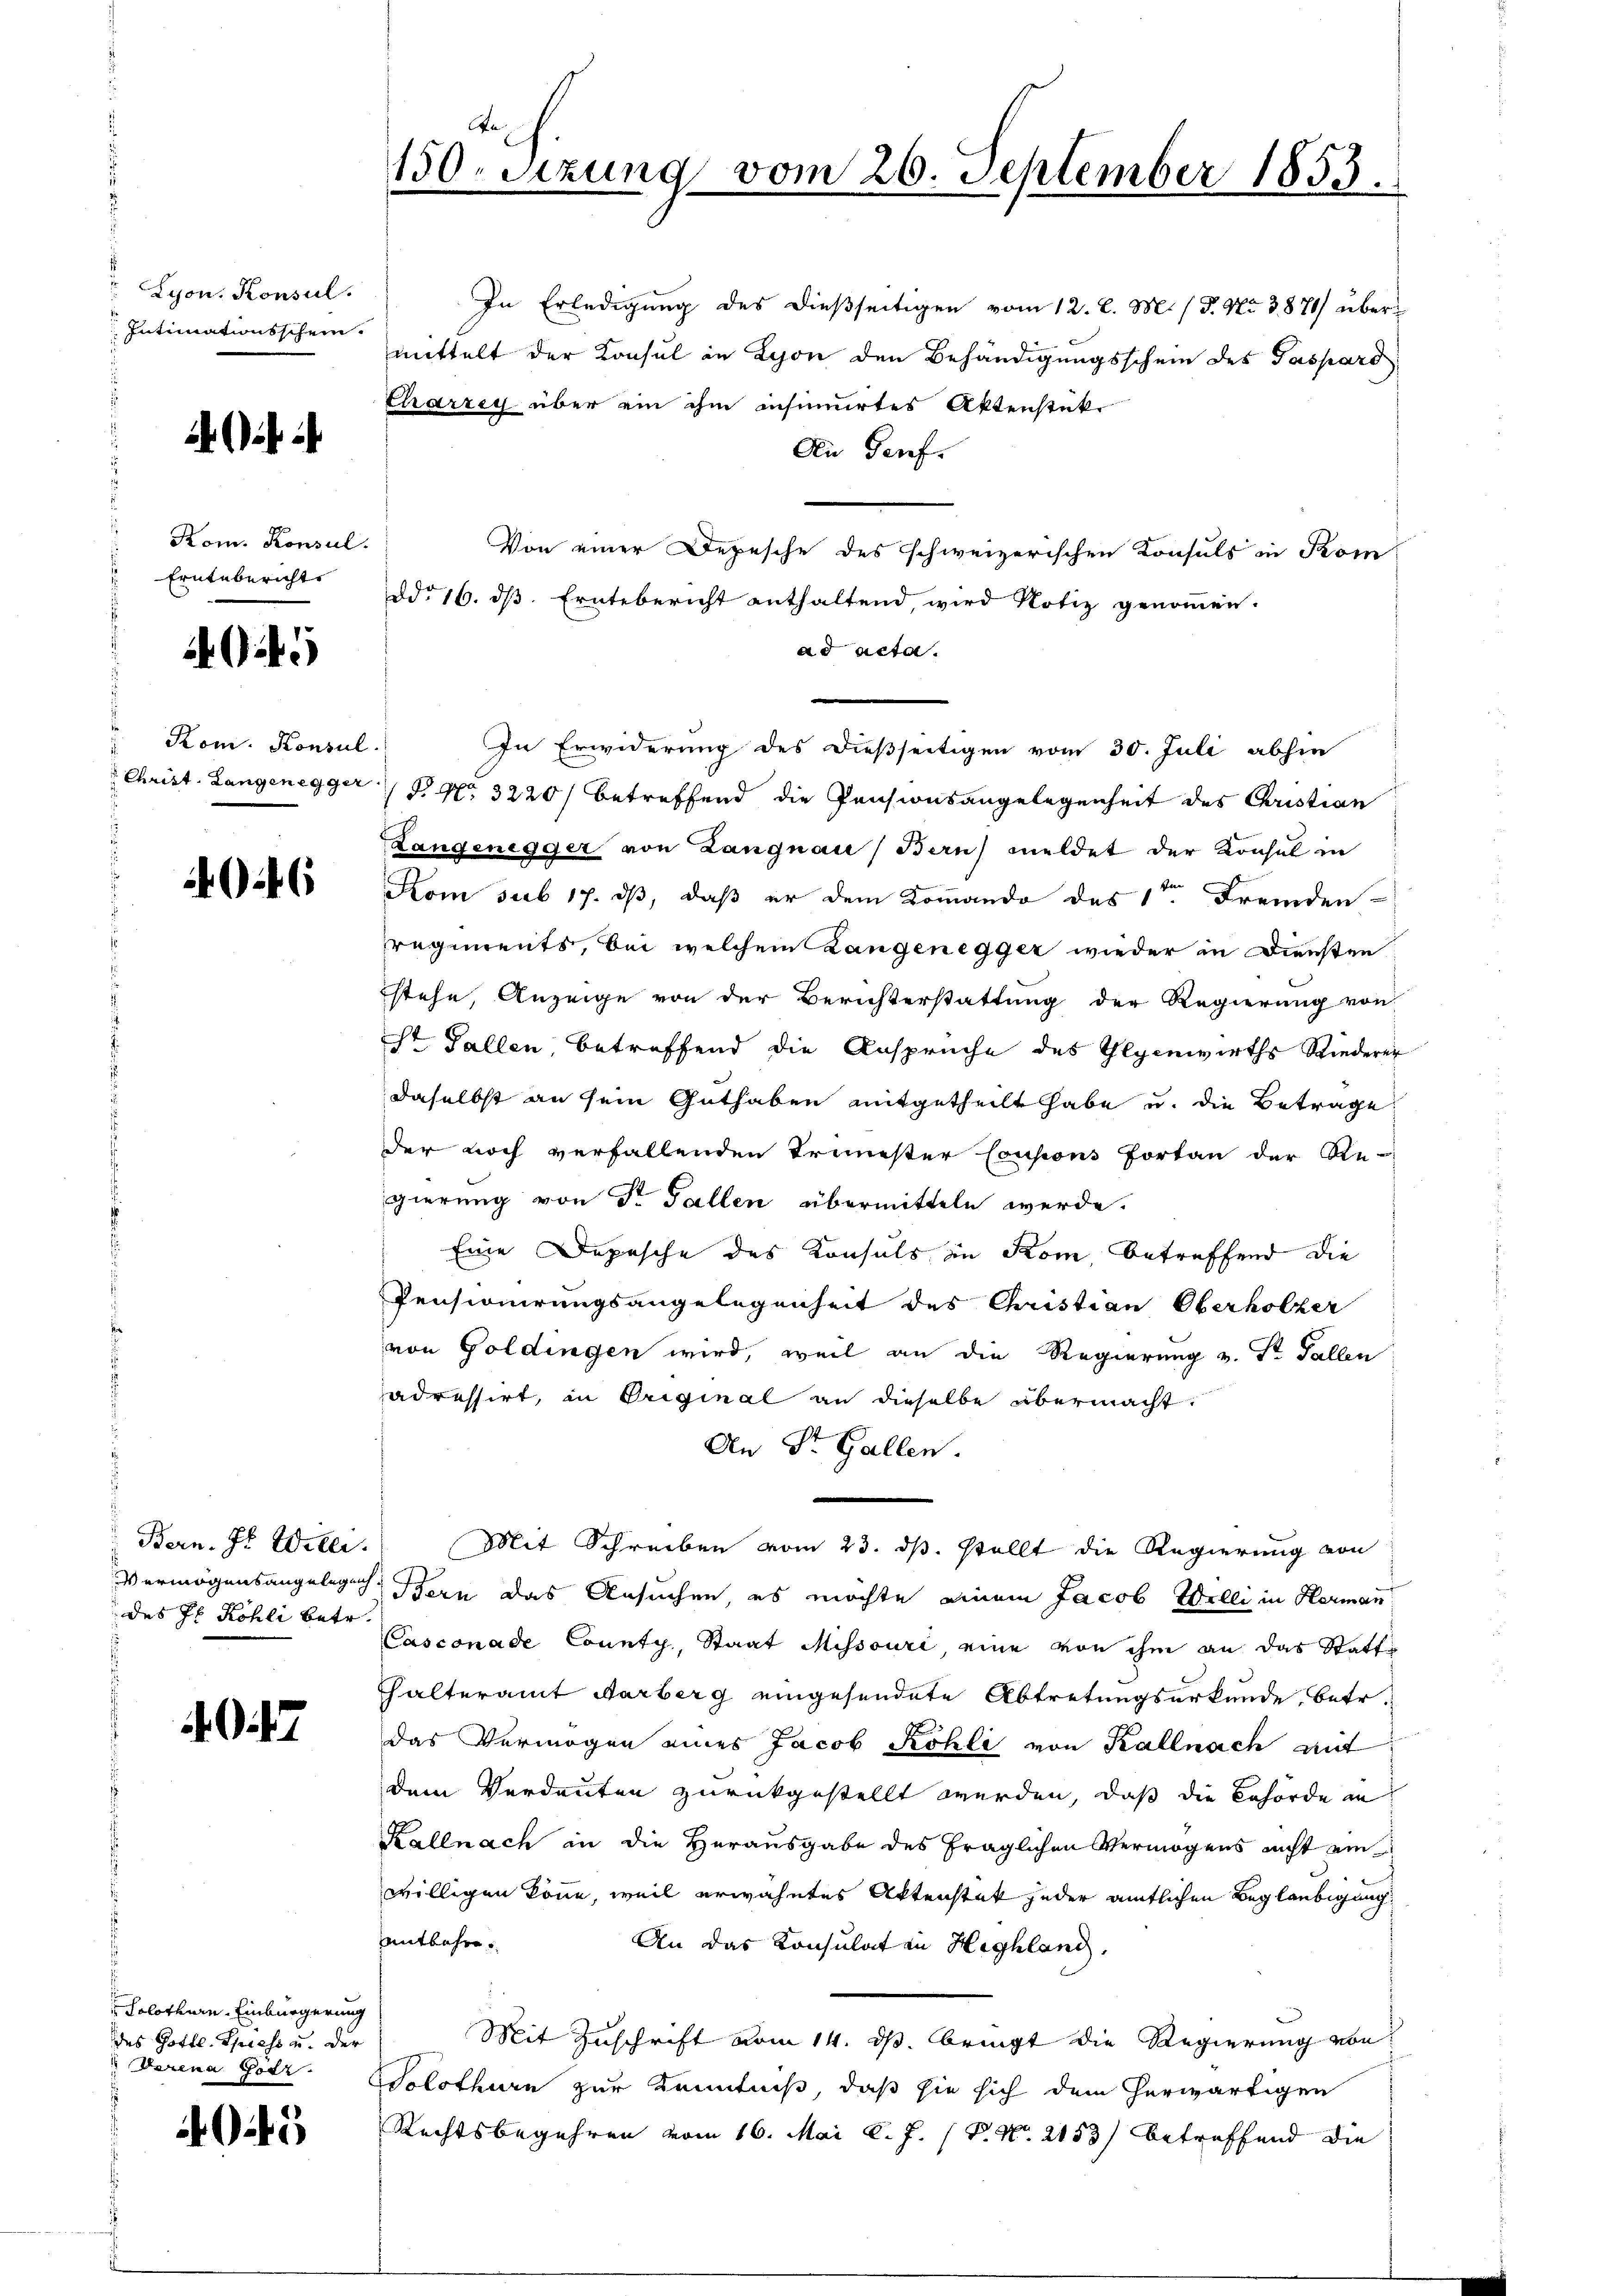
Lyon. Konsul
Intimationsschein.

Kom. Konsul
Erntebericht

45

Rom. Konsul

f

des Hs. Kohli betr.

.

Solothurn, Einbürgerung
des Gottl. Spiess u. Der
Derena Gotz

5

150. Setzung vom 26. September 1853.

In Erledigung des dießseitigen vom 12. d. M. / P. Nr. 3871) über-
mittelt der Konsul in Lyon den Behändigungsschein des Gaspard
Charzeg über ein ihm insimirtes Aktenstück
An Genf.
Von einer Depesche des schweizerischen Konsuls in Kom
Ddo 16. ds. Erntebericht enthaltend, wird Notiz genommen.
ad acta.
In Erwiderung des dießseitigen vom 30. Juli abhin
Christ. Langenegger P. Nr. 3220) betreffend die Pensionsangelegenheit des Christian
Langenegger von Langnau, Bern) meldet der Konsul in
Kom sub 17. ds, daß er dem Kommando des 1ten Fremden-
regiments, bei welchem Langenegger wieder in Diensten
stehe, Anzeige von der Berichterstattung der Regierung von
Sr Fallen, betreffend die Ansprüche des Gegenwirths Riederer
daselbst an sein Guthaben mitgetheilt habe u. die Betrage
der noch verfallenden Treuester Coupons Fortan der Re-
gierung von Dr. Fallen übermitteln werde.
Eine Depesche des Konsuls in Rom, betreffend die
Pensionirungsangelegenheit des Christian Oberholzer
von Goldingen wird, weil an die Regierung v. Str. Fallen
adressirt, in Original an dieselbe übermacht.
An St. Gallen.
Bern. J. Willi. Mit Schreiben vom 23. ds. stellt die Regierung von
Vermögensangelach, Bern das Ansuchen, es möchte einem Jacob Welli in Hermann
Casconade County, Staat Missouri, eine von ihm an das Statte
halteramt Aarberg eingesendete Abtretungsurkunde, betr.
das Vermögen eines Jacob Köhli von Kallnach mit
dem Verdauten zurückgestellt werden, daß die Behörde an
Kallnach in die Herausgabe des fraglichen Vermögens nicht ein
willigen könne, weil erwähntes Aktenstat jeder amtlichen Beglaubigung
entbehre.
An das Konsulat in Highland.
Mit Zuschrift vom 14. ds. bringt die Regierung von
Solothurn zur Kenntniß, daß sie sich dem herwärtigen
Rechtsbegehren vom 16. Mai l. J. P. Nr. 2153) betreffend die